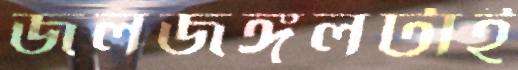
জলজঙ্গলটাই